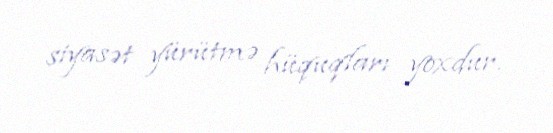
siyasət yürütmə hüquqları yoxdur.